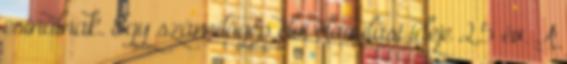
csinálnak. Egy számítógép elvi elavulási ideje 2,5 év. A